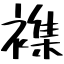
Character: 襍